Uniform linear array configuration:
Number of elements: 4
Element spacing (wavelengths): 0.5
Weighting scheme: hamming
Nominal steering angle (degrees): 30
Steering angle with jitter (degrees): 31.323
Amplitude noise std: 0.05
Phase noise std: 0.05

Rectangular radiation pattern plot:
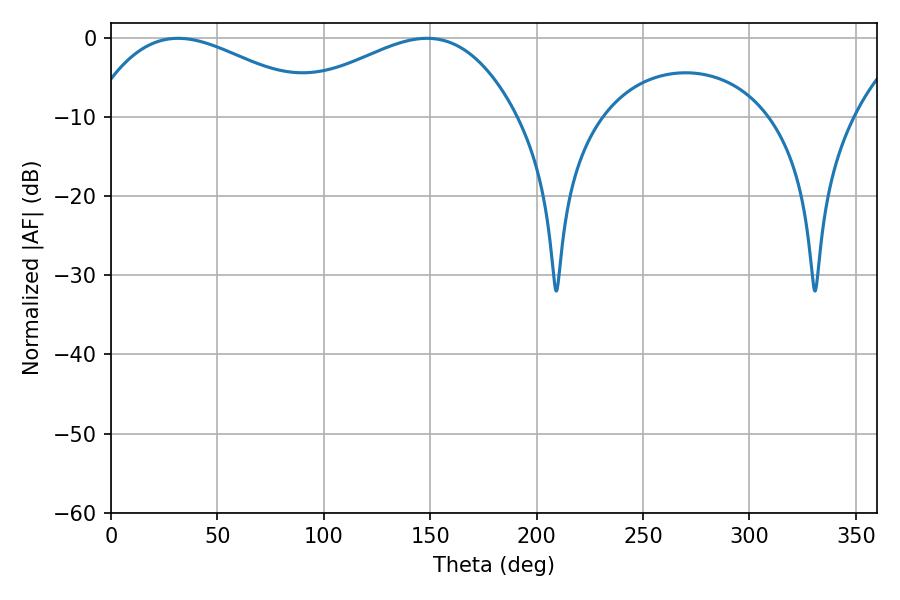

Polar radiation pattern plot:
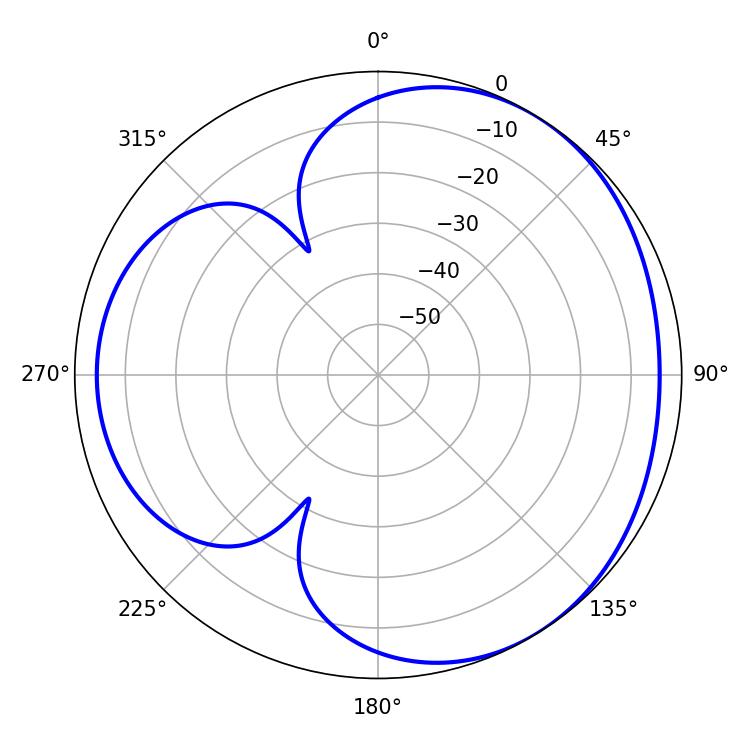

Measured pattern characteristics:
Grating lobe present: FALSE
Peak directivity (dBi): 3.478
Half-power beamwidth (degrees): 59.94
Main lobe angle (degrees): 31.5